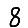
Digit: 8